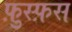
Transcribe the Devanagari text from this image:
फ़ुस्फ़स